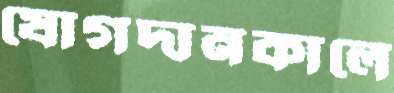
যোগদানকালে